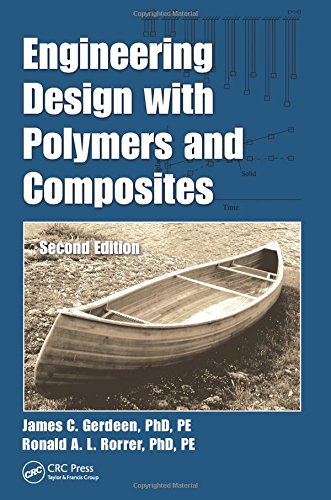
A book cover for Engineering Design with Polymers and Composites, Second Edition; James C. Gerdeen  PhD  PE; Engineering & Transportation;